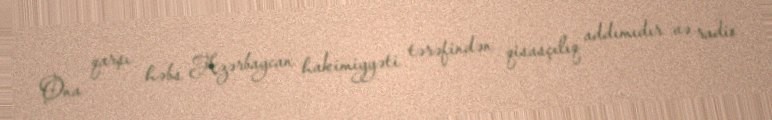
Ona qarşı həbs Azərbaycan hakimiyyəti tərəfindən qisasçılıq addımıdır və radio